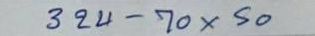
324 - 70 x 50